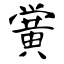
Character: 黉